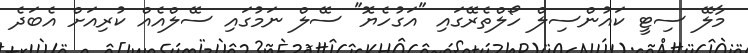
މާލޭ ސިޓީ ކައުންސިލް ހޯލްތެރޭގައި "އަގުހެޔޮ" ސޭލް ނަމުގައި ސޭލްއެއް ކުރިއަށް އެބަދެ